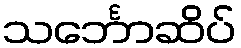
သင်္ဘောဆိပ်